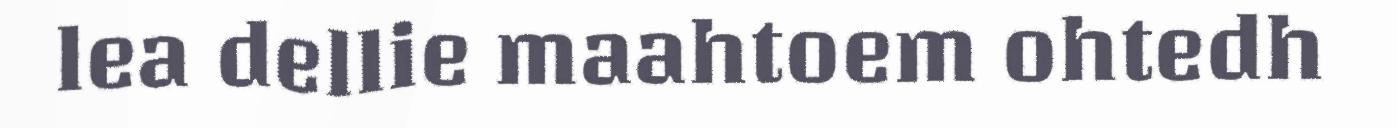
lea dellie maahtoem ohtedh